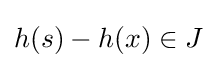
h(s)-h(x)\in J